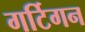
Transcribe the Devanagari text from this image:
गर्टिगन